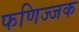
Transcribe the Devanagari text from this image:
फणिज्जक